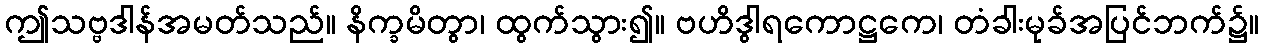
ဤသဗ္ဗဒါန်အမတ်သည်။ နိက္ခမိတွာ၊ ထွက်သွား၍။ ဗဟိဒွါရကောဋ္ဌကေ၊ တံခါးမုခ်အပြင်ဘက်၌။